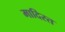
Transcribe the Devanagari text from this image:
मादिस्त